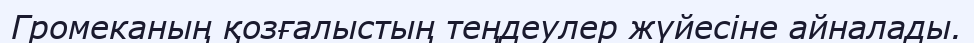
Громеканың қозғалыстың теңдеулер жүйесіне айналады.